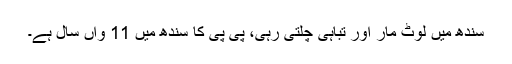
سندھ میں لوٹ مار اور تباہی چلتی رہی، پی پی کا سندھ میں 11 واں سال ہے۔